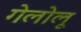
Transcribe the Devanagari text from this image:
गेलोलू